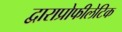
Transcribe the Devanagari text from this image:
द्वाराप्रोफीलेटिक